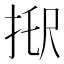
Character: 𢭑